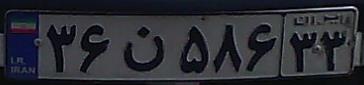
۳۶ن۵۸۶۳۳